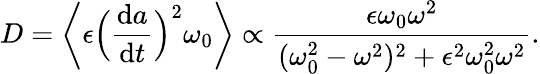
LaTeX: D=\bigg\langle\epsilon\Big(\frac{\mathrm{d}a}{\mathrm{d}t}\Big)^{2}\omega_{0}\bigg\rangle\propto\frac{\epsilon\omega_{0}\omega^{2}}{(\omega_{0}^{2}-\omega^{2})^{2}+\epsilon^{2}\omega_{0}^{2}\omega^{2}}.